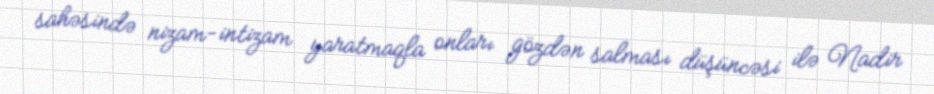
sahəsində nizam-intizam yaratmaqla onları gözdən salması düşüncəsi ilə Nadir